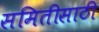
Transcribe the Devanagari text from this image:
समितीसाठी